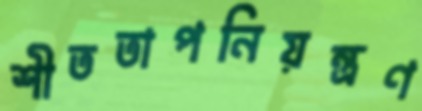
শীততাপনিয়ন্ত্রণ